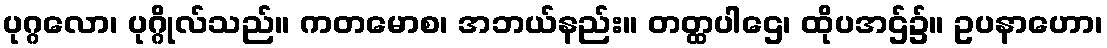
ပုဂ္ဂလော၊ ပုဂ္ဂိုလ်သည်။ ကတမောစ၊ အဘယ်နည်း။ တတ္ထပါဌေ၊ ထိုပအဌ်၌။ ဥပနာဟော၊